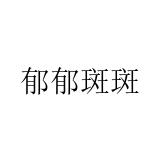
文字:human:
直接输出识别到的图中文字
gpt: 郁郁斑斑